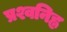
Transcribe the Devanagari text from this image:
प्रश्वनिह्न